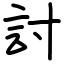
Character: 討